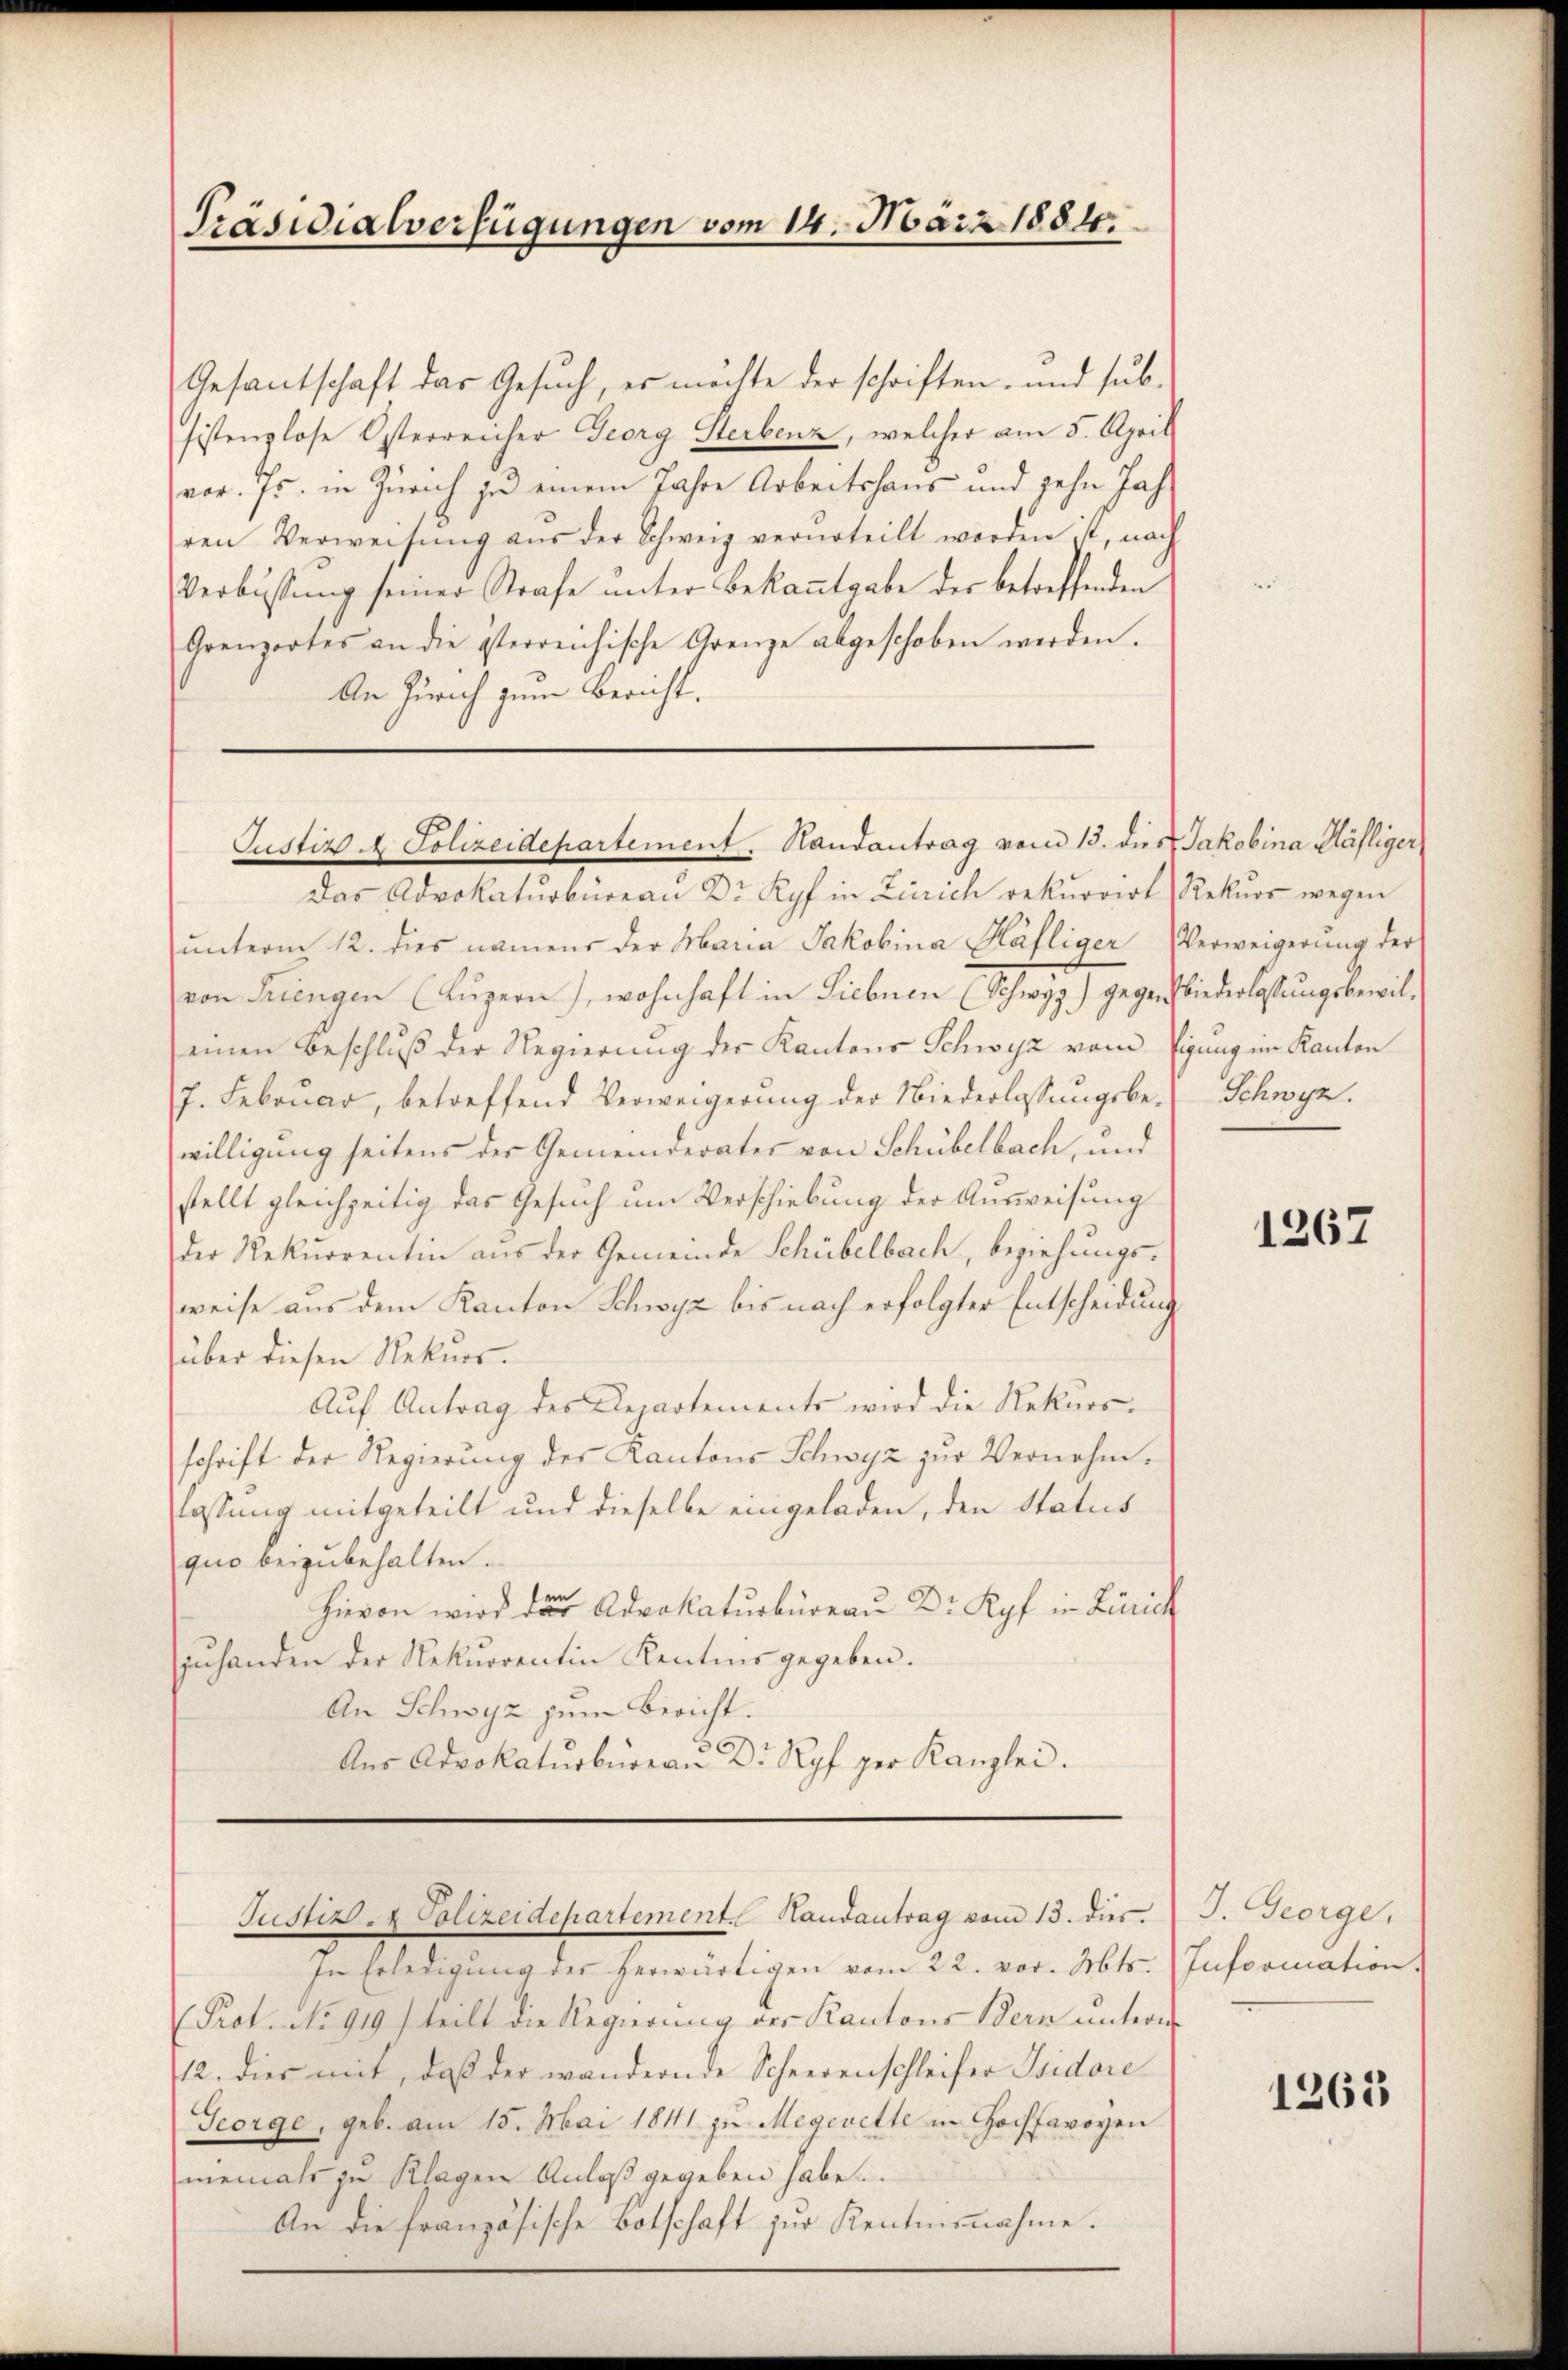
Präsidialverfügungen vom 14. März 1884.

Gesantschaft das Gesuch, es möchte der schriften, und sub-
sistenzlose Osterreicher Georg Sterbenz, welcher am 5. April
vor. Js. in Zürich zu einem Jahre Arbeitshaus und zehn Jahren Verweisŭng aus der Schweiz verurteilt worden ist, nach
Verbüssung seiner Strafe unter Bekanntgabe der betreffenden
Grenzortes an die österreichische Grenze abgeschoben werden.
An Zürich zum Bericht.

Justiz & Polizeidepartement. Handantrag vom 13. dies Jakobina Häfliger

Das Advokaturbüreau Dr. Ryf in Zürich rekurrirt Rekŭrs wegen
ŭnterm 12. dies namens der Maria Jakobina Häfliger Verweigerŭng der
von Triengen (Lŭzern), wohnhaft in Siebnen (Schwyg) gegen Niederlassungsbewileinen Beschluß der Regierung der Kantons Schwyz vom Eigung im Kanton
J. Februar, betreffend Verweigerung der Niederlassungsbewilligung seitens der Gemeinderates von Schübelbach, und
stellt gleichzeitig das Gesuch um Verschiebung der Ausweisung
der Rekurrentin aus der Gemeinde Schübelbach, beziehungs-
weise aus dem Kanton Schwyz bis nach erfolgter Entscheidung
über diesen Rekurs.
Aŭf Antrag des Repartements wird die Rekurs-
schrift der Regierung der Kantons Schwyz zur Vernehmlassung mitgeteilt und dieselbe eingeladen, den Status
quo beizubehalten.
Hievon wird der Advokaturbüreau Dr. Kopf in Zürich
zŭhanden der Rekurrentin Kentnis gegeben.
An Schwyz zum Bericht.
Aŭs Advokaturbüreaŭ Dr Ryf per Kanzlei.

Justiz- & Polizeidepartement. Handantrag vom 13. dies.

In Erledigung der herwärtigen vom 22. vor. Mts. Information
(Prot. No 919) teilt die Regierŭng der Kantons Bern ŭnterm
12. dies mit, daß der wandernde Scheerenschleifer Isidore
George, geb. am 15. Mai 1841 zu Megerette in Hochsavoyen
niemals zu Klagen Anlaß gegeben habe.
An die französische Botschaft zur Kentnisnahme.

Schwyz.

1367

I. George.

1265